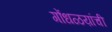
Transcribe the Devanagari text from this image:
गोंधळय़ांची